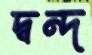
দ্বন্দ